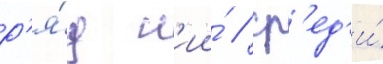
р'я́д н'ии́ / ср'ед'и́